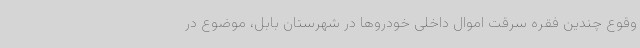
وقوع چندین فقره سرقت اموال داخلی خودروها در شهرستان بابل، موضوع در